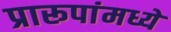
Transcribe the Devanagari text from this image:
प्रारूपांमध्ये